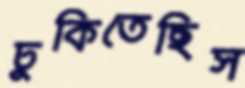
ঢুকিতেছিস